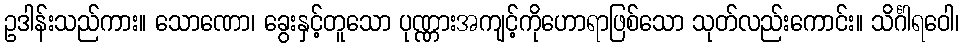
ဥဒါန်းသည်ကား။ သောဏော၊ ခွေးနှင့်တူသော ပုဏ္ဏားအကျင့်ကိုဟောရာဖြစ်သော သုတ်လည်းကောင်း။ သိင်္ဂါရဝေါ၊